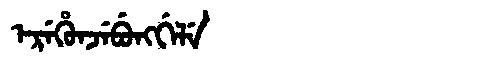
Manchu: ᡝᡵᡝᡥᡠᠨᠵᡝᠪᡠᠩᡤᡝᠯᡝ
Romanization: EREHUNJEBUNGGELE